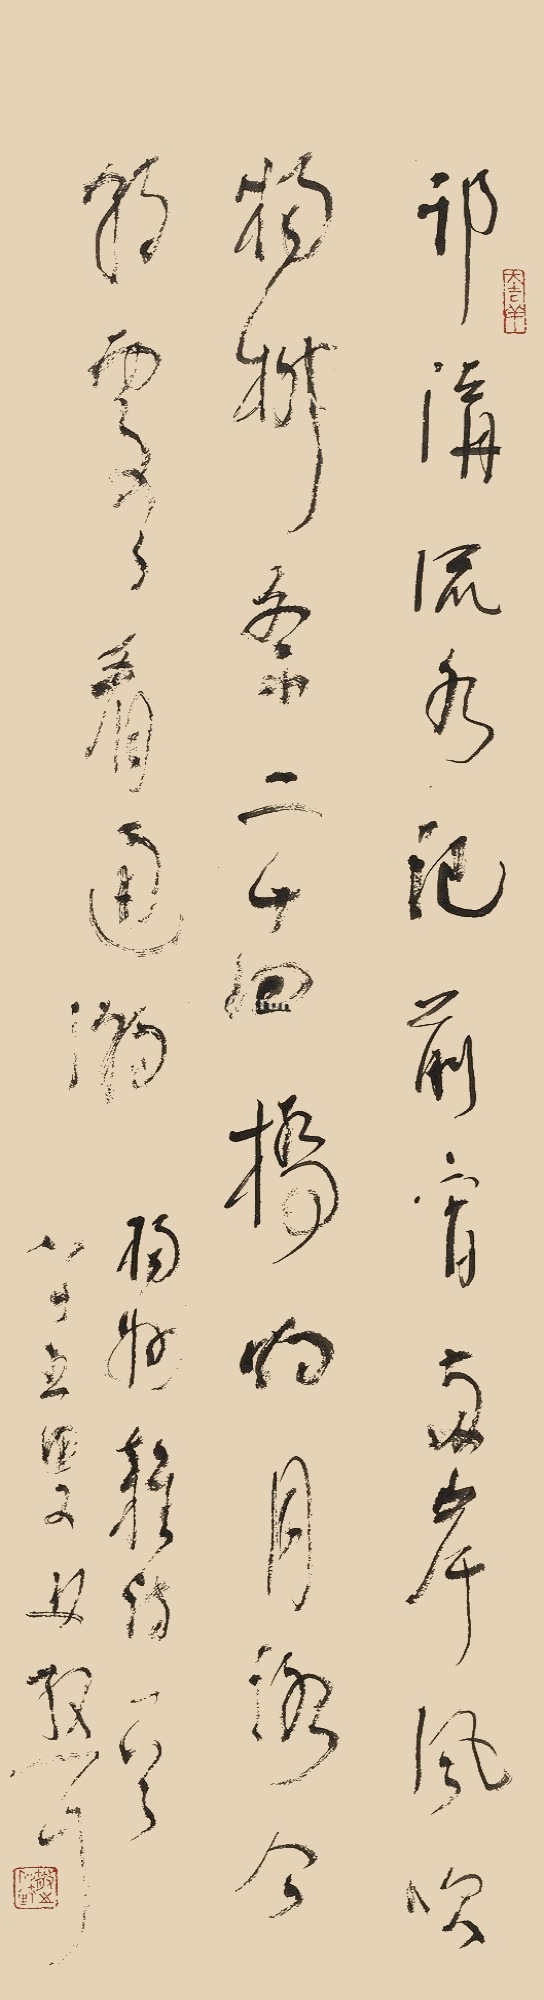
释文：邗沟流水记前宵，两岸风吹杨柳条。二十四桥明月路，今朝处处看通潮。扬州杂诗一首，八十五叟林散耳。